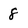
Character: 8